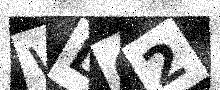
Text: WLG2